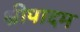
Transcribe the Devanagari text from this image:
श्रीपादम